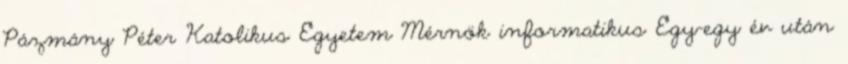
Pázmány Péter Katolikus Egyetem Mérnök informatikus Egy-egy év után